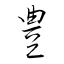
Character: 豊